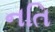
નતિ